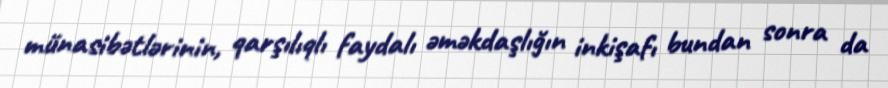
münasibətlərinin, qarşılıqlı faydalı əməkdaşlığın inkişafı bundan sonra da